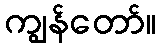
ကျွန်တော်။